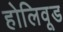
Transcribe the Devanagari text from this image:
होलिवूड